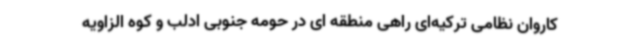
کاروان نظامی ترکیه‌ای راهی منطقه ای در حومه جنوبی ادلب و کوه الزاویه